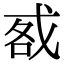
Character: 㦴